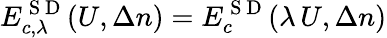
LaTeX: E_{c,\lambda}^{\mathrm{~S~D~}}(U,\Delta n)=E_{c}^{\mathrm{~S~D~}}(\lambda\, U,\Delta n)